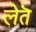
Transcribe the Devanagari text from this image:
लेतॆ